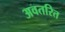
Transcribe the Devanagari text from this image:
अवतरित